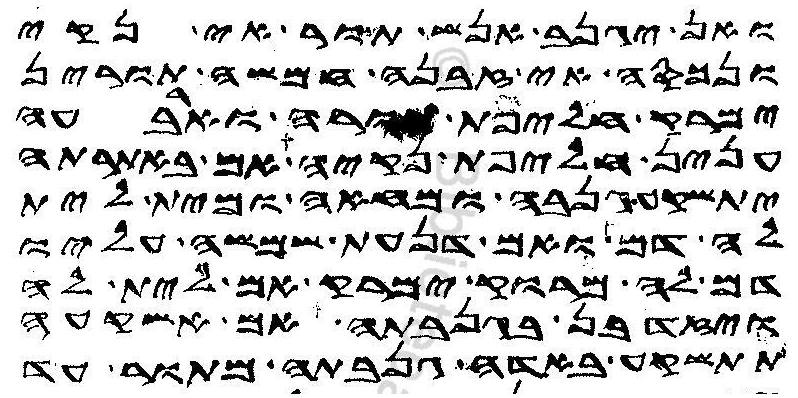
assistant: ואן יגנב אנש תור אי נקי
ונכסה אי זבנה חמשה תורין
ימרק חליפת תורה וארבעה
ענין חליפת נקיה אם באתרתה
יתשקע גנבה ומחאה ומית לית
לה דם ואם דנעת שמשה עליו
דם לה מרוק ימרק אם לית לה
ויזדבן בגנבתה אם אשקעה
תתשקע באדה גנבתה מתור עד